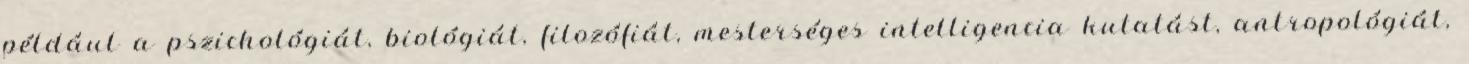
például a pszichológiát, biológiát, filozófiát, mesterséges intelligencia kutatást, antropológiát,